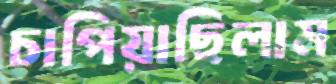
চাপিয়াছিলাম